Lunatic asylums Punjab 1911-1921 - 1911-1921
Year: 1911
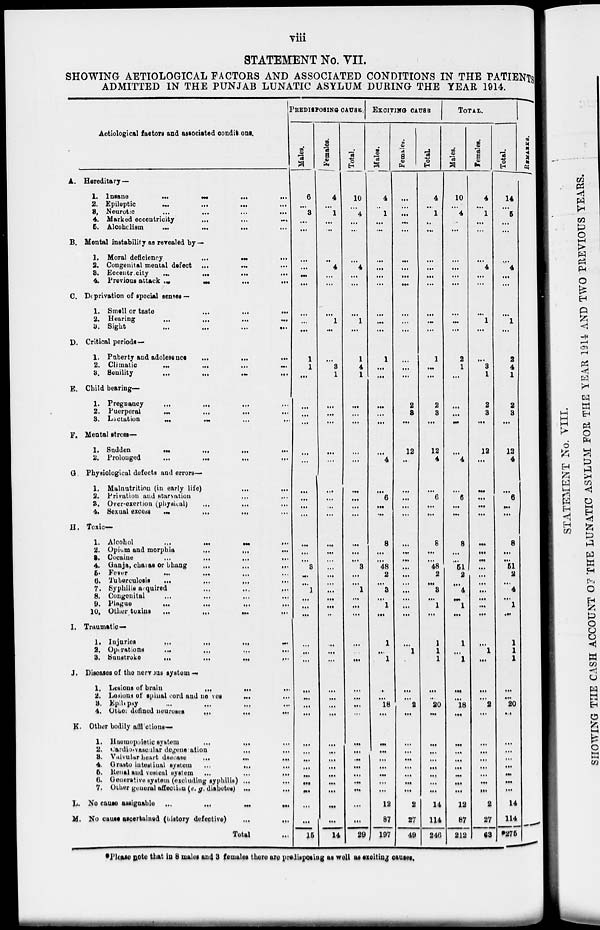
viii
STATEMENT No. VII.
SHOWING AETIOLOGICAL FACTORS AND ASSOCIATED CONDITIONS IN THE PATIENTS
ADMITTED IN THE PUNJAB LUNATIC ASYLUM DURING THE YEAR 1914.
Aetiological factors and associated conditions.
A. Hereditary—
1. Insane
...
...
...
2. Epileptic
...
...
...
3. Neurotic
...
...
...
4. Marked eccentricity
...
...
...
5. Alcoholism
...
...
...
B. Mental instability as revealed by—
1. Moral deficiency
...
...
...
2. Congenital mental defect
...
...
...
3. Eccentricity
...
...
...
...
4. Previous attack ... ... ... ...
C. Deprivation of special senses —
1. Smell or taste
...
...
...
2. Hearing ... ... ... ...
3. Sight ... ... ... ...
D. Critical periods—
1. Puberty and adolesence
...
...
...
2. Climatic ... ... ... ...
3. Senility ... ... ... ...
E. Child bearing—
1. Pregnancy ... ... ... ...
2. Puerperal
...
...
...
...
3. Lactation
...
...
...
...
F. Mental stress—
1. Sudden
...
...
...
...
2. Prolonged
...
...
...
...
G. Physiological defects and errors—
1. Malnutrition (in early life)
...
...
2. Privation and starvation ... ...
3. Over-exertion (physical)
...
...
...
4. Sexual excess
...
...
...
...
H. Toxic—
1. Alcohol
...
...
...
...
2. Opium and morphia ... ... ...
3. Cocaine
...
...
...
...
4. Ganja, charas or bhang
...
...
...
5. Fever
...
...
...
...
6. Tuberculosis
...
...
...
...
7. Syphilis acquired ... ... ...
8. Congenital ... ... ... ...
9.
Plague
...
...
...
...
10. Other toxins ... ... ... ...
I. Traumatic—
1. Injuries
...
...
...
...
2. Operations
...
...
...
...
3. Sunstroke
...
...
...
...
J. Diseases of the nervous system —
1. Lesions of brain
...
...
...
...
2. Lesions of spinal cord and nerves ... ...
3.
Epilipsy
...
...
...
...
4. Other defined neuroses
...
...
...
K. Other bodily affections—
1. Haemopoietic system ... ... ...
2.
Cardio-vascular
degeneration
...
...
3. Valvular heart dsecase ... ... ...
4. Grasto intestinal system ... ... ...
5. Renal and vesical system
...
...
...
6. Generative system (excluding syphilis)
...
...
7. Other general affection (e. g. diabetes) ... ...
L. No cause assignable
...
...
...
...
M. No cause ascertained (history defective)
...
...
Total ...
PREDISPOSING CAUSE.
Males.
6
...
3
...
...
...
...
...
...
...
...
...
1
1
...
...
...
...
...
...
...
...
...
...
...
...
...
3
...
...
1
...
...
...
...
...
...
...
...
...
...
...
...
...
...
...
...
...
....
...
15
Females.
4
...
1
...
...
...
4
...
...
...
1
...
...
3
1
...
...
...
...
...
...
...
...
...
...
...
...
...
...
...
...
...
...
...
...
...
...
...
...
...
...
...
...
...
...
...
...
...
...
...
14
Total.
10
...
4
...
...
...
4
...
...
...
1
...
1
4
1
...
...
...
...
...
...
...
...
...
...
...
...
3
...
...
1
...
...
...
...
...
...
...
...
...
...
...
...
...
...
...
...
...
...
...
29
EXCITING CAUSE
Males.
4
...
1
...
...
...
...
...
...
...
...
...
1
...
...
...
...
...
...
4
...
6
...
...
8
...
...
48
2
...
3
...
1
...
1
...
1
...
...
18
...
...
...
...
...
...
...
...
12
87
197
Females.
...
...
...
...
...
...
...
...
...
...
...
...
...
...
...
2
3
...
12
...
...
...
...
...
...
...
...
...
...
...
...
...
...
...
...
1
...
...
...
2
...
...
...
...
...
...
...
...
2
27
49
Total.
4
...
1
...
...
...
...
...
...
...
...
...
1
...
...
2
3
...
12
4
...
6
...
...
8
...
...
48
2
...
3
...
1
...
1
1
1
...
...
20
...
...
...
...
...
...
...
...
14
114
246
TOTAL.
Males.
10
...
4
...
...
...
...
...
...
...
...
...
2
1
...
...
...
...
...
4
...
6
...
...
8
...
51
2
...
4
...
1
...
1
...
1
...
18
...
...
...
...
...
...
...
...
12
87
212
Females.
4
...
1
...
...
...
4
...
...
...
1
...
...
3
1
2
3
...
12
...
...
...
...
...
...
...
...
...
...
...
...
...
...
...
...
1
...
...
...
2
...
...
...
...
...
...
...
...
2
27
63
Total.
14
...
5
...
...
...
4
...
...
...
1
...
2
4
1
2
3
...
12
4
...
6
...
...
8
...
...
51
2
...
4
...
1
...
1
1
1
...
...
20
...
...
...
...
...
...
...
...
14
114
*275
REMARKS.
*Please note that in 8 males and 3 females there are predisposing as wall as exciting causes.